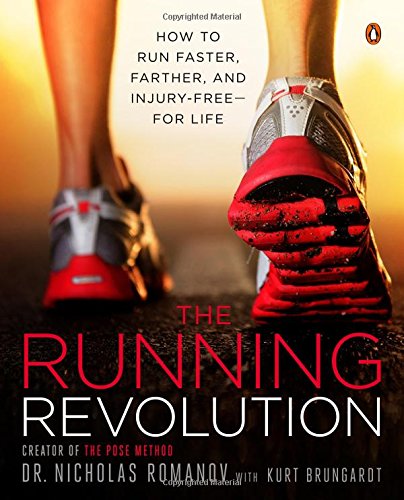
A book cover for The Running Revolution: How to Run Faster, Farther, and Injury-Free--for Life; Nicholas Romanov; Sports & Outdoors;